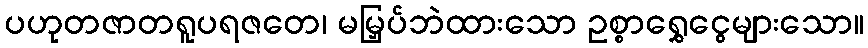
ပဟုတဇာတရူပရဇတေ၊ မမြှပ်ဘဲထားသော ဥစ္စာရွှေငွေများသော။